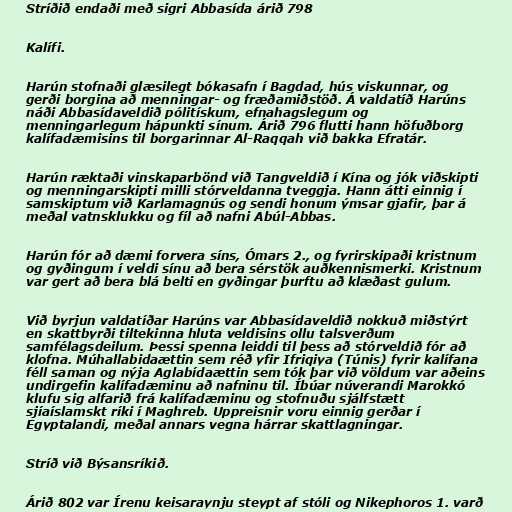
Stríðið endaði með sigri Abbasída árið 798

Kalífi.

Harún stofnaði glæsilegt bókasafn í Bagdad, hús viskunnar, og
gerði borgina að menningar- og fræðamiðstöð. Á valdatíð Harúns
náði Abbasídaveldið pólitískum, efnahagslegum og
menningarlegum hápunkti sínum. Árið 796 flutti hann höfuðborg
kalífadæmisins til borgarinnar Al-Raqqah við bakka Efratár.

Harún ræktaði vinskaparbönd við Tangveldið í Kína og jók viðskipti
og menningarskipti milli stórveldanna tveggja. Hann átti einnig í
samskiptum við Karlamagnús og sendi honum ýmsar gjafir, þar á
meðal vatnsklukku og fíl að nafni Abúl-Abbas.

Harún fór að dæmi forvera síns, Ómars 2., og fyrirskipaði kristnum
og gyðingum í veldi sínu að bera sérstök auðkennismerki. Kristnum
var gert að bera blá belti en gyðingar þurftu að klæðast gulum.

Við byrjun valdatíðar Harúns var Abbasídaveldið nokkuð miðstýrt
en skattbyrði tiltekinna hluta veldisins ollu talsverðum
samfélagsdeilum. Þessi spenna leiddi til þess að stórveldið fór að
klofna. Múhallabidaættin sem réð yfir Ifriqiya (Túnis) fyrir kalífana
féll saman og nýja Aglabídaættin sem tók þar við völdum var aðeins
undirgefin kalífadæminu að nafninu til. Íbúar núverandi Marokkó
klufu sig alfarið frá kalífadæminu og stofnuðu sjálfstætt
sjíaíslamskt ríki í Maghreb. Uppreisnir voru einnig gerðar í
Egyptalandi, meðal annars vegna hárrar skattlagningar.

Stríð við Býsansríkið.

Árið 802 var Írenu keisaraynju steypt af stóli og Nikephoros 1. varð